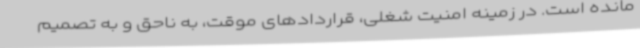
مانده ‌است. در زمینه امنیت شغلی، قراردادهای موقت، به ناحق و به تصمیم